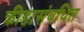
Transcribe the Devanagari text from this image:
क्रीडासंबधित